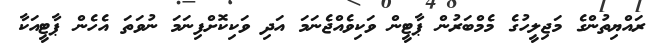
ރައްޔިތުންގެ މަޖިލީހުގެ މެމްބަރުން ޕާޓީން ވަކިވެއްޖެނަމަ އަދި ވަކިކޮށްފިނަމަ ނުވަތަ އެހެން ޕާޓީއަކާ